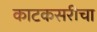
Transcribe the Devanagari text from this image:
काटकसरीचा